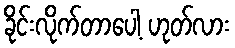
ခိုင်းလိုက်တာပေါ့ ဟုတ်လား